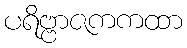
ပရိဗ္ဗာဇကကထာ